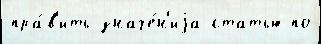
пра́в'ить значе́н'иjа статью по